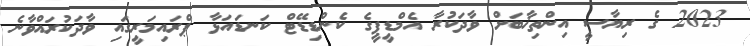
2023 ގެ ރިޔާސީ އިންތިޚާބަށް ވާދަކުރާ އެމްޑީޕީގެ ކެންޑިޑޭޓް ކަނޑައަޅާ ޕްރައިމަރީގައި ވާދަކުރައްވާނެ